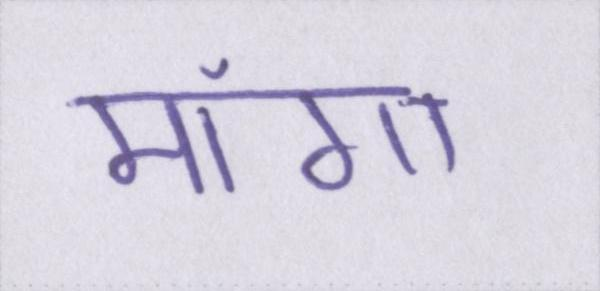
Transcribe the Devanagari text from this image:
मांगा